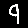
Digit: 9